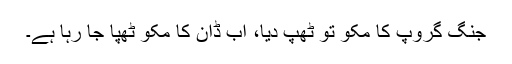
جنگ گروپ کا مکو تو ٹھپ دیا، اب ڈان کا مکو ٹھپا جا رہا ہے۔